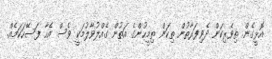
އޮޅީގެން. ތިވެރިކަން ދެވިފަރާތުން ތިކަން ތިމީހުންގެ އަތުން ގެއްލުވާލުމަކީ ވެސް އެހާ ފަސޭހަކަމެއް.